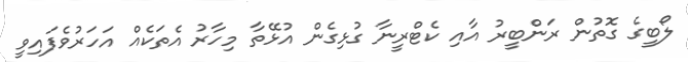
ލޯބީގެ ގޮތުން ރަންބީރު އާއި ކެޓްރީނާ ގުޅިގެން އުޅޭތާ މިހާރު އެތަކެއް އަހަރުވެފައިވީ